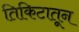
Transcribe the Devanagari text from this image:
तिकिटातून